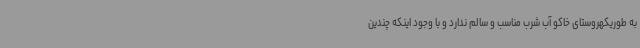
به طوریکهروستای خاکو آب شرب مناسب و سالم ندارد و با وجود اینکه چندین